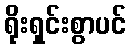
ရိုးရှင်းစွာပင်